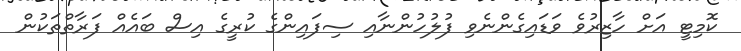
ކޮމިޓީ އަށް ހާޒިރުވެ ވަޑައިގެންނެވި ފުލުހުންނާއި ސިފައިންގެ ކުރީގެ އިސް ބައެއް ފަރާތްތަކުން